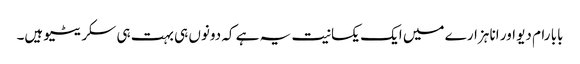
بابا رام دیو اور انا ہزارے میں ایک یکسانیت یہ ہے کہ دونوں ہی بہت ہی سکریٹیو ہیں۔